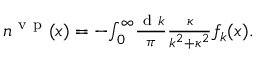
\begin{array} { r } { n ^ { \ensuremath { \mathrm { ~ v ~ p ~ } } } ( x ) = - \! \int _ { 0 } ^ { \infty } \! \frac { \ensuremath { \mathrm { ~ d ~ } } k } { \pi } \frac { \kappa } { k ^ { 2 } + \kappa ^ { 2 } } f _ { k } ( x ) . } \end{array}